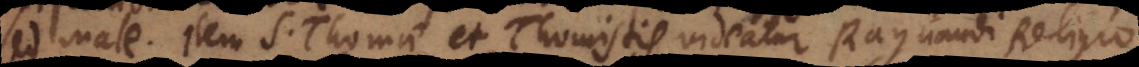
sed male. Item S. Thomae et Thomistis, videatur Raynaudi Religio